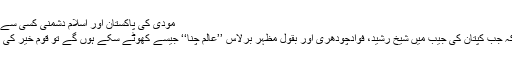
مودی کی پاکستان اور اسلام دشمنی کسی سے ڈھکی چھپی نہیں پھر بھی
اِس تمہید کا مقصد یہ ہے کہ جب کپتان کی جیب میں شیخ رشید، فوادچودھری اور بقول مظہر برلاس ’’عالم چنّا‘‘ جیسے کھوٹے سِکّے ہوں گے تو قوم خیر کی اُمید کیسے رکھ سکتی ہے۔